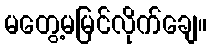
မတွေ့မမြင်လိုက်ချေ။